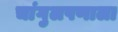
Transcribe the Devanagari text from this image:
चांगुलपणाला